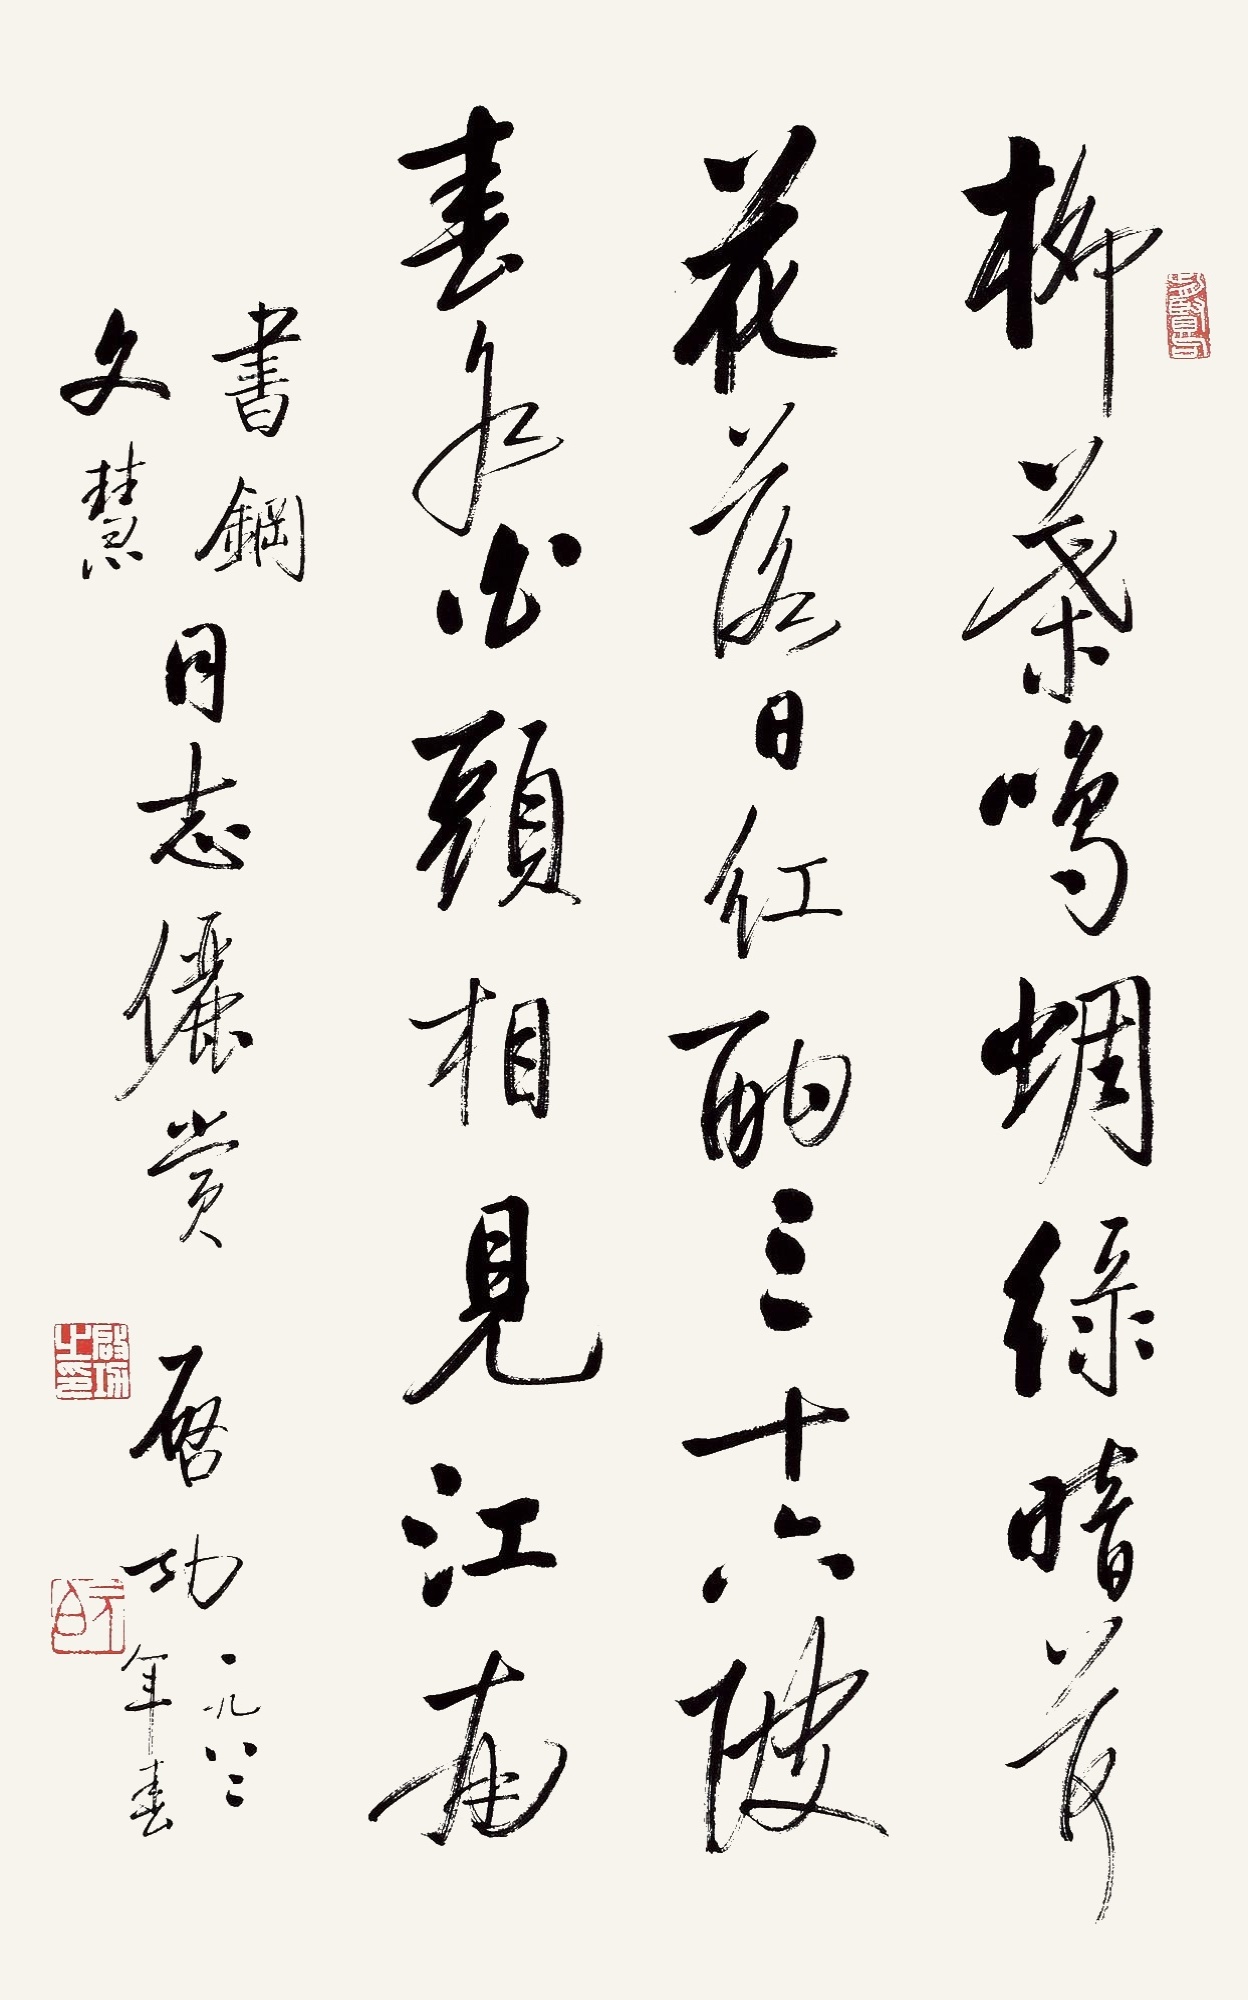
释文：柳叶鸣蝉绿暗，荷花落日红酣。三十六陂春水，白头想见江南。书钢、文慧同志俪赏，启功，一九八二年春。